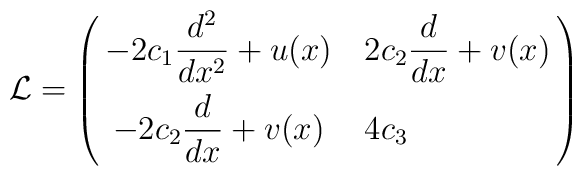
{\cal L}=\left(\matrix{-2c_1\displaystyle\frac{d^2}{dx^2} +u(x) & 2c_2\displaystyle\frac{d}{dx}+v(x) \hfill\cr\noalign{\smallskip}-2c_2\displaystyle\frac{d}{dx}+v(x) & 4c_3\hfill\cr\noalign{\smallskip}}\right)